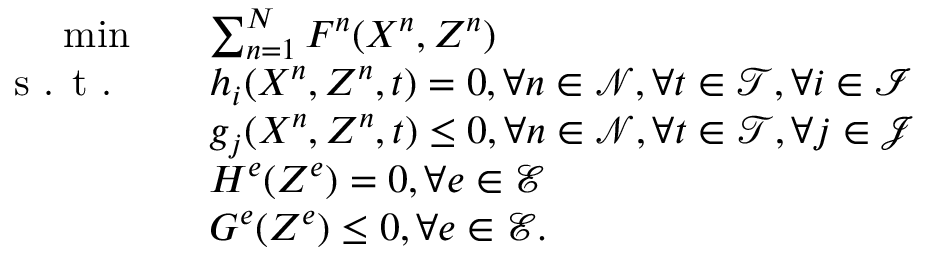
\begin{array} { r l } { \operatorname* { m i n } \quad } & { \sum _ { n = 1 } ^ { N } F ^ { n } ( X ^ { n } , Z ^ { n } ) } \\ { \textrm { s . t . } \quad } & { h _ { i } ( X ^ { n } , Z ^ { n } , t ) = 0 , \forall n \in \mathcal { N } , \forall t \in \mathcal { T } , \forall i \in \mathcal { I } } \\ { \quad } & { g _ { j } ( X ^ { n } , Z ^ { n } , t ) \le 0 , \forall n \in \mathcal { N } , \forall t \in \mathcal { T } , \forall j \in \mathcal { J } } \\ { \quad } & { H ^ { e } ( Z ^ { e } ) = 0 , \forall e \in \mathcal { E } } \\ { \quad } & { G ^ { e } ( Z ^ { e } ) \le 0 , \forall e \in \mathcal { E } . } \end{array}